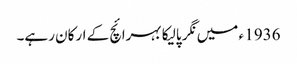
1936 ء میں نگر پالیکا بہرائچ کے ارکان رہے۔